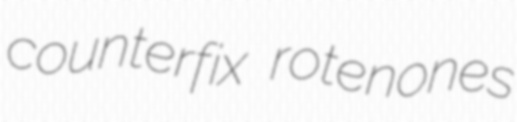
counterfix rotenones